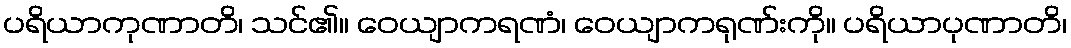
ပရိယာကုဏာတိ၊ သင်၏။ ဝေယျာကရဏံ၊ ဝေယျာကရုဏ်းကို။ ပရိယာပုဏာတိ၊